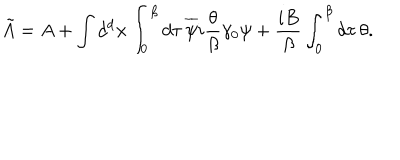
\tilde { A } = A + \int d ^ { d } { \bf x } \int _ { 0 } ^ { \beta } d \tau { \, } \overline { { { \psi } } } i \frac { \theta } { \beta } \gamma _ { 0 } \psi + \frac { i B } { \beta } \int _ { 0 } ^ { \beta } d \tau { \, } \theta .